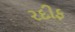
રદીફ